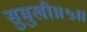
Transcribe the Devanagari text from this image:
सुमुखी॥५॥